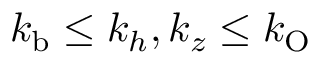
k _ { \mathrm { b } } \leq k _ { h } , k _ { z } \leq k _ { \mathrm { O } }